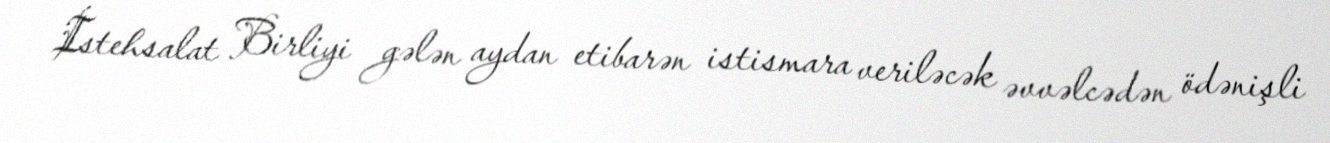
İstehsalat Birliyi gələn aydan etibarən istismara veriləcək əvvəlcədən ödənişli